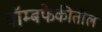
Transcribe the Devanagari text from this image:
बॉम्बफेकीतील